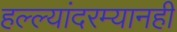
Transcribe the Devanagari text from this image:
हल्ल्यांदरम्यानही